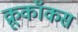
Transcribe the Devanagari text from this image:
क्रूकॉकस